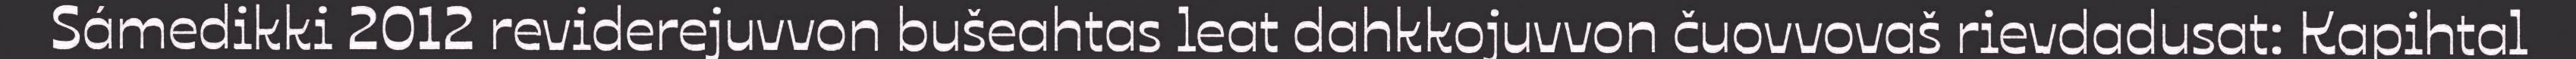
Sámedikki 2012 reviderejuvvon bušeahtas leat dahkkojuvvon čuovvovaš rievdadusat: Kapihtal